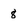
Character: 8